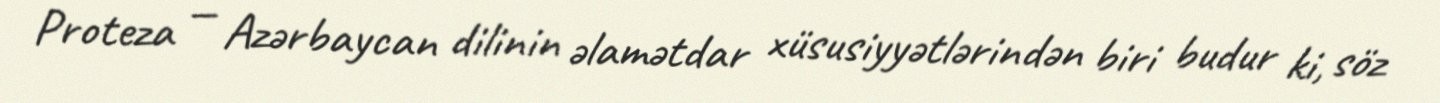
Proteza — Azərbaycan dilinin əlamətdar xüsusiyyətlərindən biri budur ki, söz